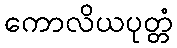
ကောလိယပုတ္တံ